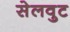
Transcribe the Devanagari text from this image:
सेलवुट